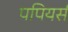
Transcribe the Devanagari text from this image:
पपियर्स